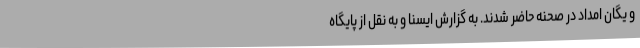
و یگان امداد در صحنه حاضر شدند. به گزارش ایسنا و به نقل از پایگاه